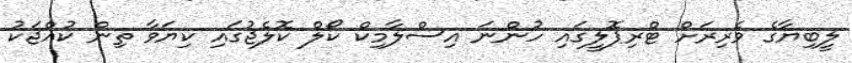
ލީބިޔާގެ ވެރިރަށް ޓްރިޕޮލީގައި ހުންނަ އިސްލާމިކް ކޯލް ކޮލެޖުގައި ކިޔަވާ ތިން ކުއްޖަކު